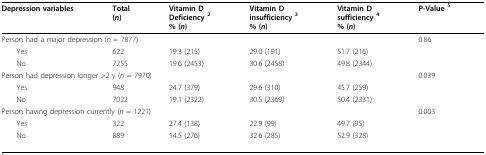
<table><thead><tr><td><b>Depression variables</b></td><td><b>Total(<i>n</i>)</b></td><td><b>Vitamin DDeficiency <sup>2</sup>% (<i>n</i>)</b></td><td><b>Vitamin Dinsufficiency <sup>3</sup>% (<i>n</i>)</b></td><td><b>Vitamin Dsufficiency <sup>4</sup>% (<i>n</i>)</b></td><td><b>P-Value <sup>5</sup></b></td></tr></thead><tbody><tr><td colspan="5">Person had a major depression (<i>n </i>= 7877)</td><td>0.86</td></tr><tr><td> Yes</td><td>622</td><td>19.3 (215)</td><td>29.0 (191)</td><td>51.7 (216)</td><td></td></tr><tr><td> No</td><td>7255</td><td>19.6 (2453)</td><td>30.6 (2458)</td><td>49.8 (2344)</td><td></td></tr><tr><td colspan="4">Person had depression longer &gt;2 y (<i>n </i>= 7970)</td><td></td><td>0.039</td></tr><tr><td> Yes</td><td>948</td><td>24.7 (379)</td><td>29.6 (310)</td><td>45.7 (259)</td><td></td></tr><tr><td> No</td><td>7022</td><td>19.1 (2322)</td><td>30.5 (2369)</td><td>50.4 (2331)</td><td></td></tr><tr><td colspan="5">Person having depression currently (<i>n </i>= 1221)</td><td>0.003</td></tr><tr><td> Yes</td><td>322</td><td>27.4 (138)</td><td>22.9 (99)</td><td>49.7 (95)</td><td></td></tr><tr><td> No</td><td>889</td><td>14.5 (276)</td><td>32.6 (285)</td><td>52.9 (328)</td><td></td></tr></tbody></table>